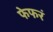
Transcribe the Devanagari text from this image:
फेफरं